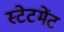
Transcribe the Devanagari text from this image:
स्‍टेटमेंट